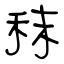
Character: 秣